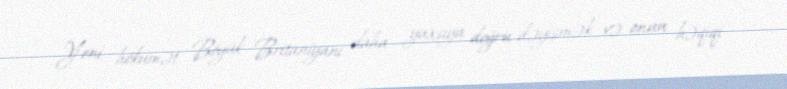
Yeni hökumət Böyük Britaniyanı daha yaxşıya doğru dəyişmək və onun həqiqi